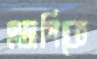
এমপিকে